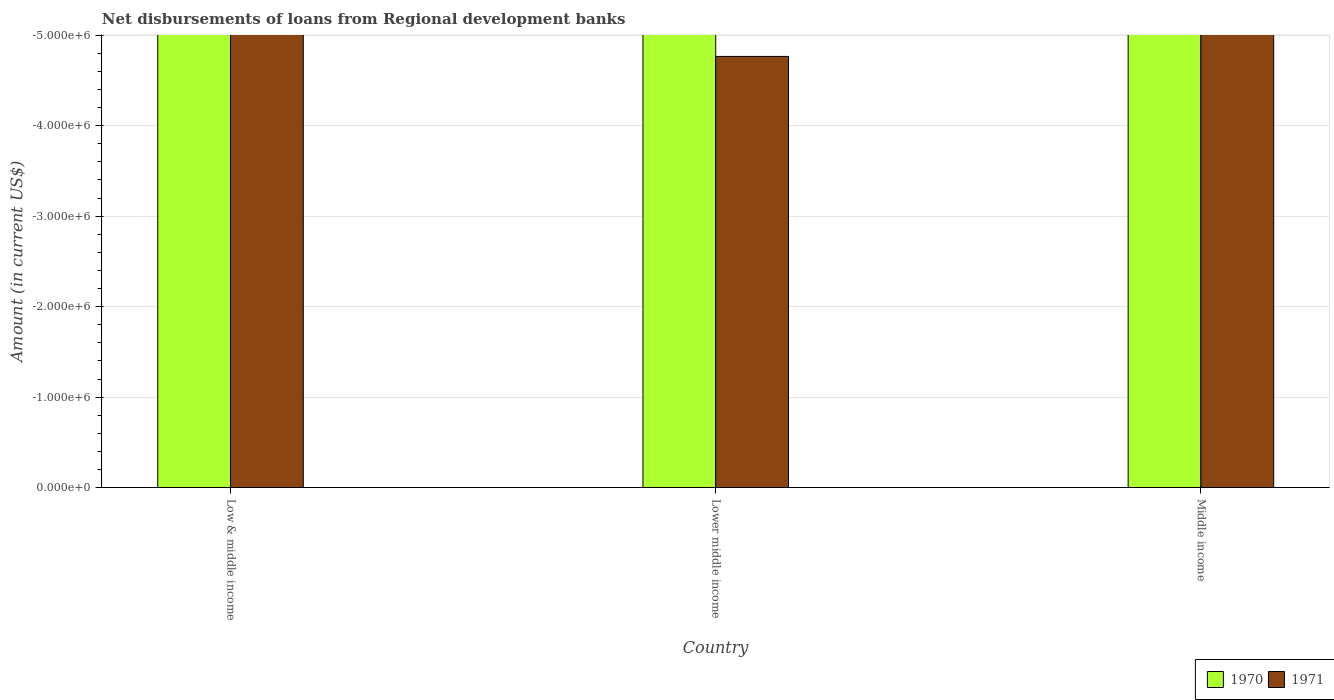
| Country | 1970 | 1971 |
 | --- | --- | --- |
 | Low & middle income | -2.02e+08 | -1.57e+07 |
 | Lower middle income | -2.02e+08 | -4.76e+06 |
 | Middle income | -2.02e+08 | -1.22e+07 |